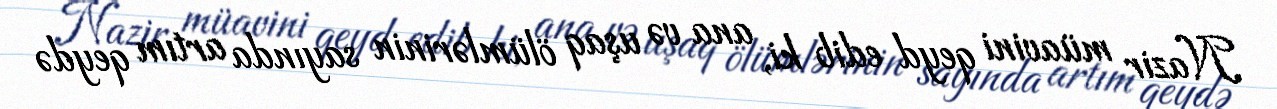
Nazir müavini qeyd edib ki, ana və uşaq ölümlərinin sayında artım qeydə